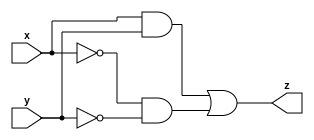
module gate(
    input x,
    input y,
    output z );

  wire x_, y_, p, q;

  not(x_, x);
  not(y_, y);
  not(y_, y);

  and(p, x , y );
  and(q, x_, y_);

  or(z, p, q);

endmodule


`timescale 1ns / 1ps

module test;

  reg x;
  reg y;

  wire z;

  gate uut( .x(x), .y(y), .z(z) );

  initial begin
    x = 0;
    y = 0;

    #100;
    #50 x = 1;
    #60 y = 1;
    #70 y = 1;
    #80 x = 0;
  end

  initial begin
    $monitor("t = %3d x = %2b, y = %2b, z = %d", $time, x, y, z);
  end

endmodule